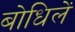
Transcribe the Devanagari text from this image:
बोधिलें